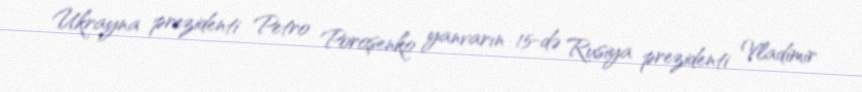
Ukrayna prezidenti Petro Poroşenko yanvarın 15-də Rusiya prezidenti Vladimir